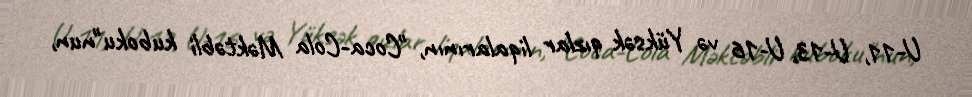
U-11, U-13, U-16 və Yüksək qızlar liqalarının, "Coca-Cola Məktəbli kuboku"nun,